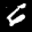
Label: 6